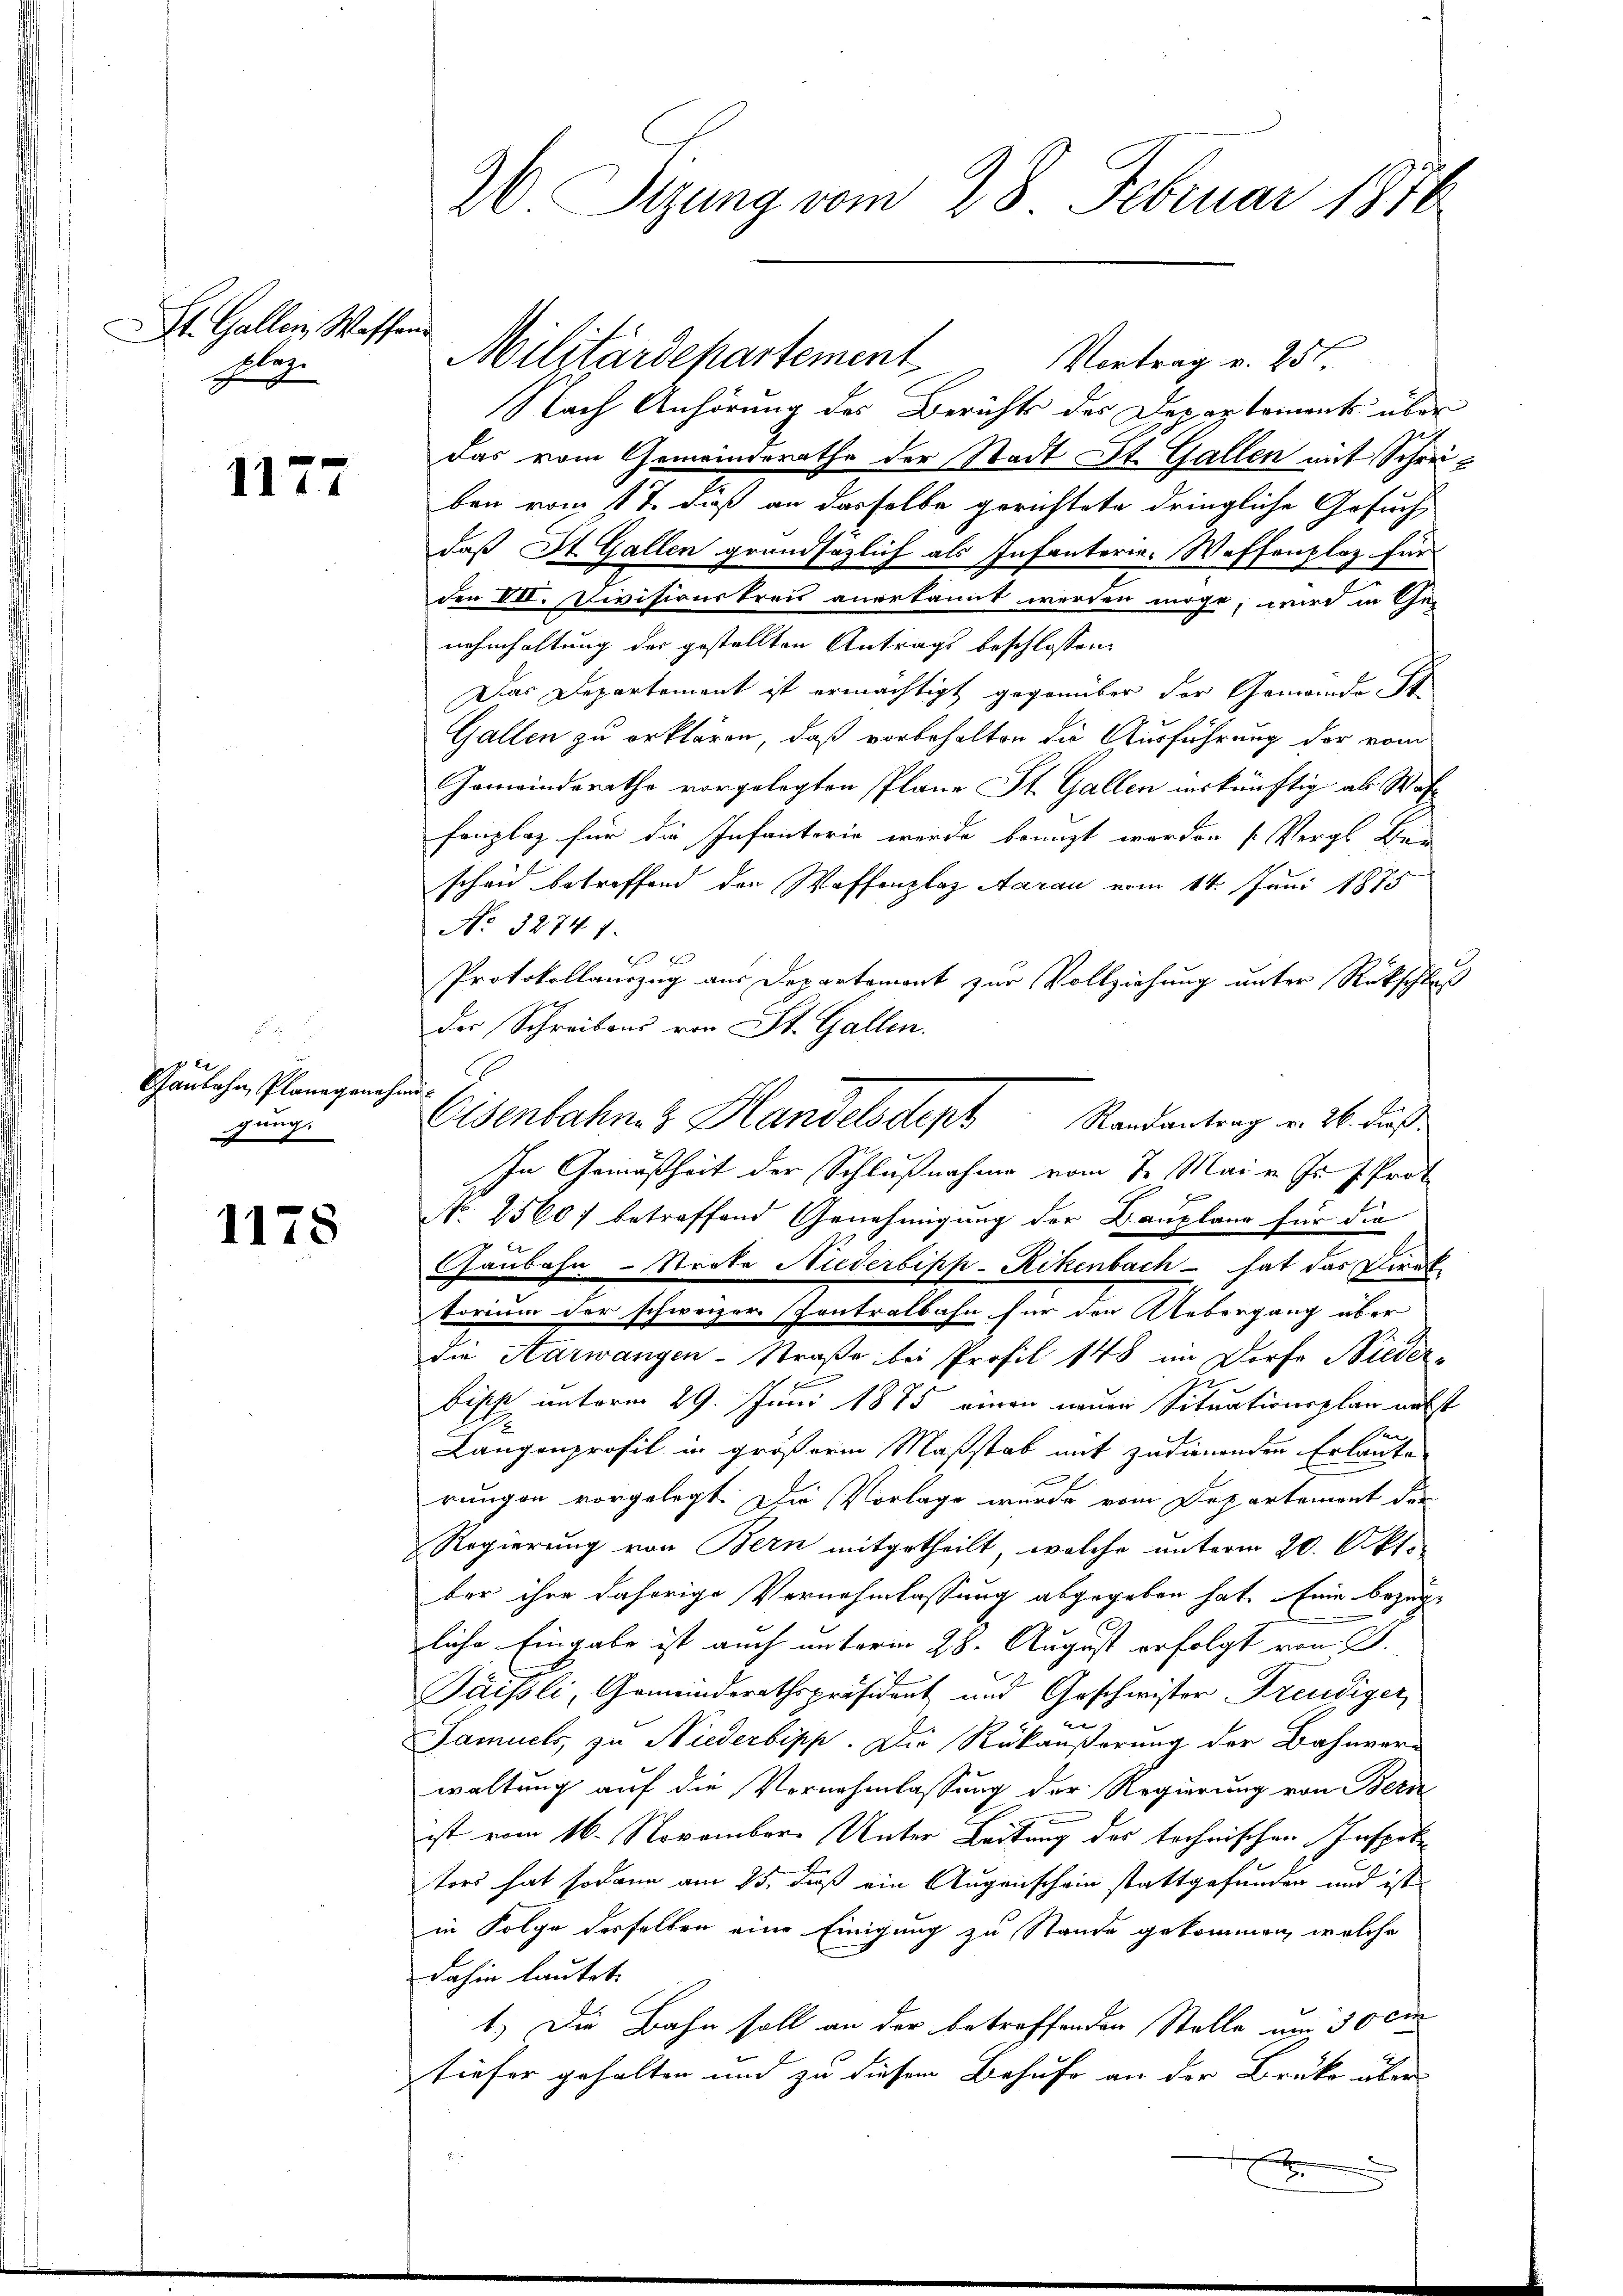
St. Gallen Waffen.
plaze

1177

.
e
Ganbahn, Planagenehmig
gung.

1178

Militärdepartement. Vortrag v. 251.
Nach Anhörung des Berichts des Departements über
das vom Gemeinderathe der Stadt St. Gallen mit Schreiz
ben vom 1 t daß an dasselbe gerichtete dringliche Gesuchdaß St. Gallen grundsätzlich als Infanterie-Waffenplaz für
den VII. Divisionskreis anerkannt werden möge, wird in Ge
nehmhaltung der gestellten Antrags beschlossen:
Das Departement ist ermächtigt gegenüber der Gemeinde St
Gallen zu erklären, daß vorbehalten die Ausführung der vom
Gemeindsrathe vorgelegten Plane St. Gallen inskünftig als Was
fonglos für die Infanterie werde bangt worden (Vergl. Be
scheid betreffend den Waffenplaz Aarau vom 14. Juni 1875
No. 32741.
Protokollauszug aus Departement zur Vollziehung unter Rückschluß
der Schreibens von St. Gallen.
In Gemäßheit der Schlußnahme vom 7. Mai v. Js. f. Prot
No. 1560 betreffend Genehmigung der Bauplane für die
Gaubahn-Strate Niederbipp-Rikenbach - hat das Direk
torium der schweizer Contralbahn für den Uebergang über
die Aarwangen-Straße bei Profil 148 im Dorfe Nieder-

Ge
bisst unterm 29. Juni 1875 einen neuen Situationsplan nebst
Langenprofil in größerm Maßstab mit zudienenden Erlaute
rungen vorgelegt. Die Vorlage wurde vom Departement der
Regierung von Bern mitgetheilt, welche unterm 20. Okt.
ber ihre daherige Vernehmlassung abgegeben hat. Eine bezüg-
zliche Eingabe ist auch unterm 28. August erfolgt von J.
Jäissli, Gemeinderathspräsident und Geschwister Freudiger
Samuels, zu Niederbipp. Die Rükäußerung der Bahnver-
waltung auf die Vernehmlassung der Regierung von Bern
ist vom 16. November Unter Leitung des technischen Inspek
tors hat sodann am 25. daß ein Augenschein stattgefunden und ist
in Folge desselben eine Einigung zu Stande gekommen, welche
dahin lautet.
1.) Die Bahn soll an der betreffenden Stelle am 30 em
tiefer gehalten und zu diesem Behufe an der Brüke über
1
u
E
.

26. Sizung vom 28. Februar 1876

Eisenbahn & Handelsdept Randantrag v. 26. Fuß.